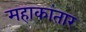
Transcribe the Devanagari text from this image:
महाकांतार